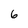
Character: 6